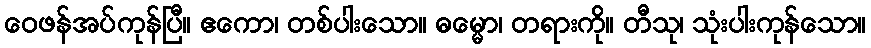
ဝေဖန်အပ်ကုန်ပြီ။ ဧကော၊ တစ်ပါးသော။ ဓမ္မော၊ တရားကို။ တီသု၊ သုံးပါးကုန်သော။